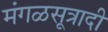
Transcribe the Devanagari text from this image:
मंगळसूत्रादी